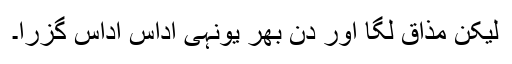
لیکن مذاق لگا اور دن بھر یونہی اداس اداس گزرا۔